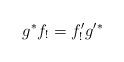
LaTeX: \begin{align*}g^* f_! = f'_! g'^*\end{align*}